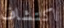
اكتشاف